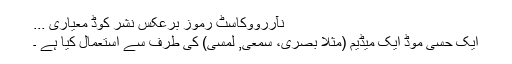
نآررووکاسٹ رموز برعکس نشر کوڈ معیاری ...
ایک حسی موڈ ایک میڈیم (مثلا بصری، سمعی, لمسی) کی طرف سے استعمال کیا ہے ۔